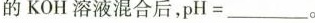
的KOH溶液混合后，pH=____。